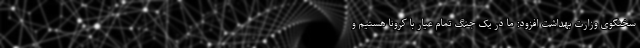
سخنگوی وزارت بهداشت افزود: ما در یک جنگ تمام عیار با کرونا هستیم و